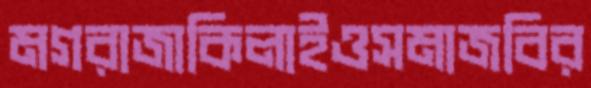
মগরাজাকিলাইওসমাজবির